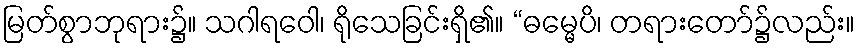
မြတ်စွာဘုရား၌။ သဂါရဝေါ၊ ရိုသေခြင်းရှိ၏။ “ဓမ္မေပိ၊ တရားတော်၌လည်း။